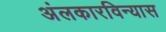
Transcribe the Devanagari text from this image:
अंलकारविन्यास